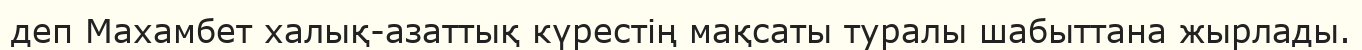
деп Махамбет халық-азаттық күрестің мақсаты туралы шабыттана жырлады.